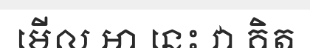
មើល អា នេះ វា គិត